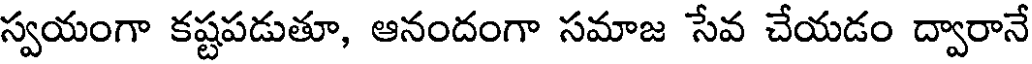
స్వయంగా కష్టపడుతూ, ఆనందంగా సమాజ సేవ చేయడం ద్వారానే